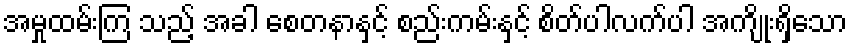
အမှုထမ်းကြ သည့် အခါ စေတနာနှင့် စည်းကမ်းနှင့် စိတ်ပါလက်ပါ အကျိုးရှိသော